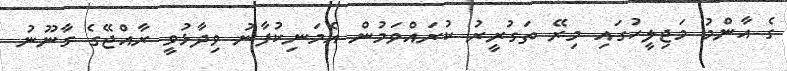
ގެ އާންމު މަޖިލީހުގައި މިރޭ ތަގުރީރު ކުރައްވަމުން އެމަނިކުފާނު ވިދާޅުވީ ރާއްޖޭގެ ގާނޫނު